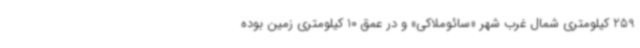
259 کیلومتری شمال غرب شهر «سائوملاکی» و در عمق 10 کیلومتری زمین بوده